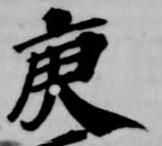
庚